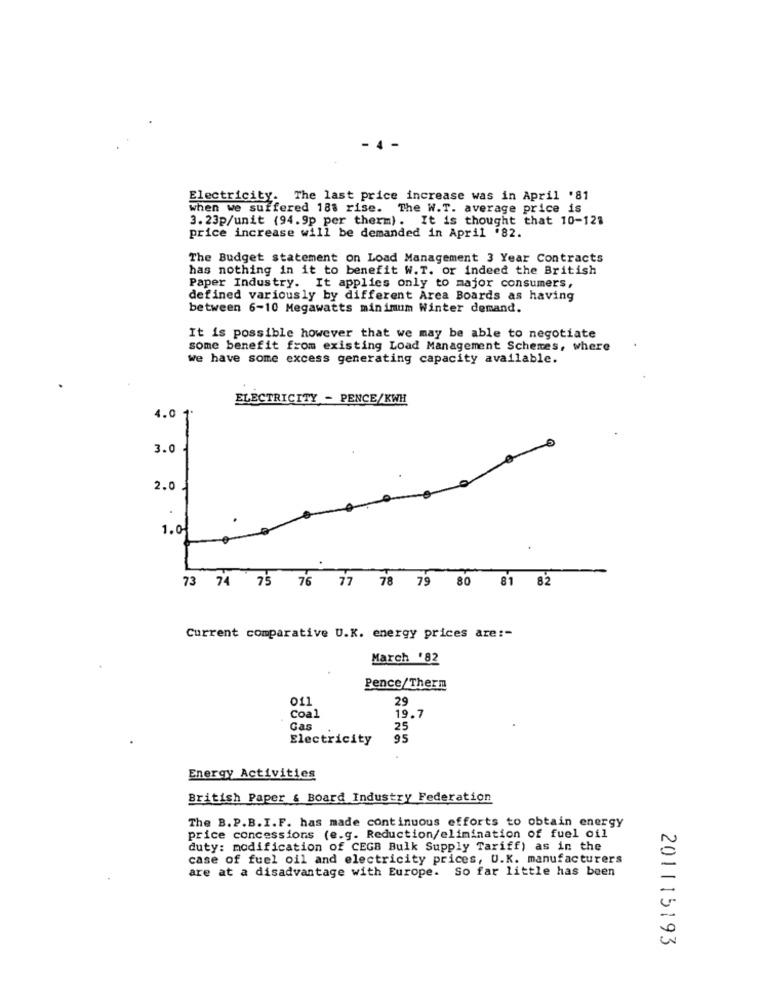
- 4
Electricity. The last price increase was in April '81
when we suffered 188 rise. The W.T. average price is
3. 23p/unit (94.9p per therm). It is thought that 10-123
price increase will be demanded in April .82.
The Budget statement on Load Management 3 Year Contracts
has nothing in it to benefit W.T. or indeed the British
Paper Industry. It applies only to major consumers,
defined variously by different Area Boards as having
between 6-10 Megawatts minimum Winter demand.
It is possible however that we may be able to negotiate
some benefit from existing Load Management Schemes, where
we have some excess generating capacity available.
ELECTRICITY - PENCE/KWH
4.0 1
-
3.0
2.0
1.0
73 74 75 76 77 78 79 80 81 82
Current comparative U.K. energy prices are :-
March '82
Pence/Therm
011
29
Coal
19.7
Cas
25
Electricity
95
Energy Activities
British Paper & Board Industry Federation
The B.P.B.I.F. has made continuous efforts to obtain energy
price concessions (e.g. Reduction/elimination of fuel oil
duty: modification of CEGB Bulk Supply Tariff) as in the
case of fuel oil and electricity prices, U.K. manufacturers
are at a disadvantage with Europe. So far little has been
201115193